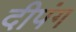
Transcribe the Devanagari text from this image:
दीपंग